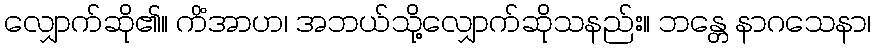
လျှောက်ဆို၏။ ကိံအာဟ၊ အဘယ်သို့လျှောက်ဆိုသနည်း။ ဘန္တေ နာဂသေနာ၊